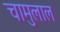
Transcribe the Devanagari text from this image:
चामुलाल